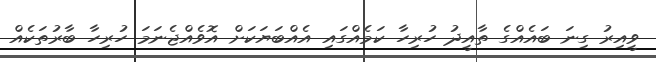
ވީއިރު ގިނަ ބައެއްގެ ތާއީދު ހުރިހާ ކަމެއްގައި އެއްބަޔަކަށް އޮވެއްޖެނަމަ ހުރިހާ ބާރުތަކެއް